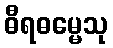
ဓီရဓမ္မေသု